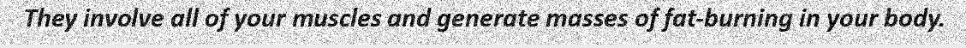
They involve all of your muscles and generate masses of fat-burning in your body.